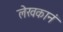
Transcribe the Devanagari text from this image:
लेखकानं